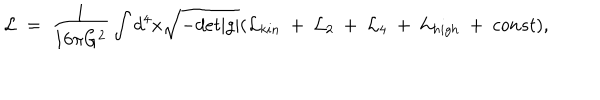
LaTeX: { \cal L } ~ = ~ { \frac { 1 } { 1 6 \pi G ^ { 2 } } } \int d ^ { 4 } x \sqrt { - d e t | g | } ( { \cal L } _ { k i n } ~ + ~ { \cal L } _ { 2 } ~ + ~ { \cal L } _ { 4 } ~ + ~ { \cal L } _ { h i g h } ~ + ~ c o n s t ) ,